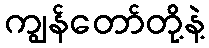
ကျွန်တော်တို့နဲ့